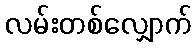
လမ်းတစ်လျှောက်